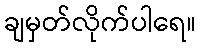
ချမှတ်လိုက်ပါရေ။